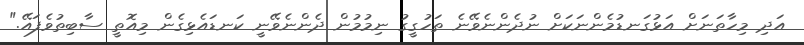
އަދި މިހާތަނަށް އަޅުގަނޑުމެންނަކަށް ނުދެންނެވޭނެ ތަހުގީގު ނިމުމުން ދެންނެވޭނީ ކަނޑައެޅިގެން މިއޮތީ ސާބިތުވެފައޭ."